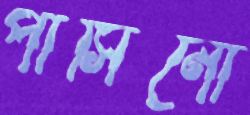
পাসিনো